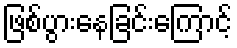
ဖြစ်ပွားနေခြင်းကြောင့်